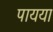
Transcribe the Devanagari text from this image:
पायया